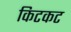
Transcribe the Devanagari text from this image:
किटकट